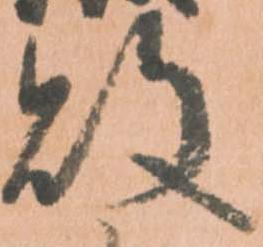
敗